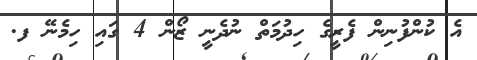
އެ ކުންފުނިން ފެރީގެ ހިދުމަތް ނުދެނީ ޒޯން 4 ގައި ހިމެނޭ ފ.